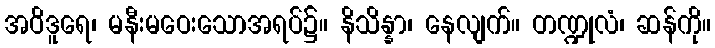
အဝိဒူရေ၊ မနီးမဝေးသောအရပ်၌။ နိသိန္နာ၊ နေလျက်။ တဏ္ဍုလံ၊ ဆန်ကို။